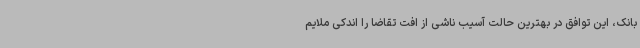
بانک، این توافق در بهترین حالت آسیب ناشی از افت تقاضا را اندکی ملایم